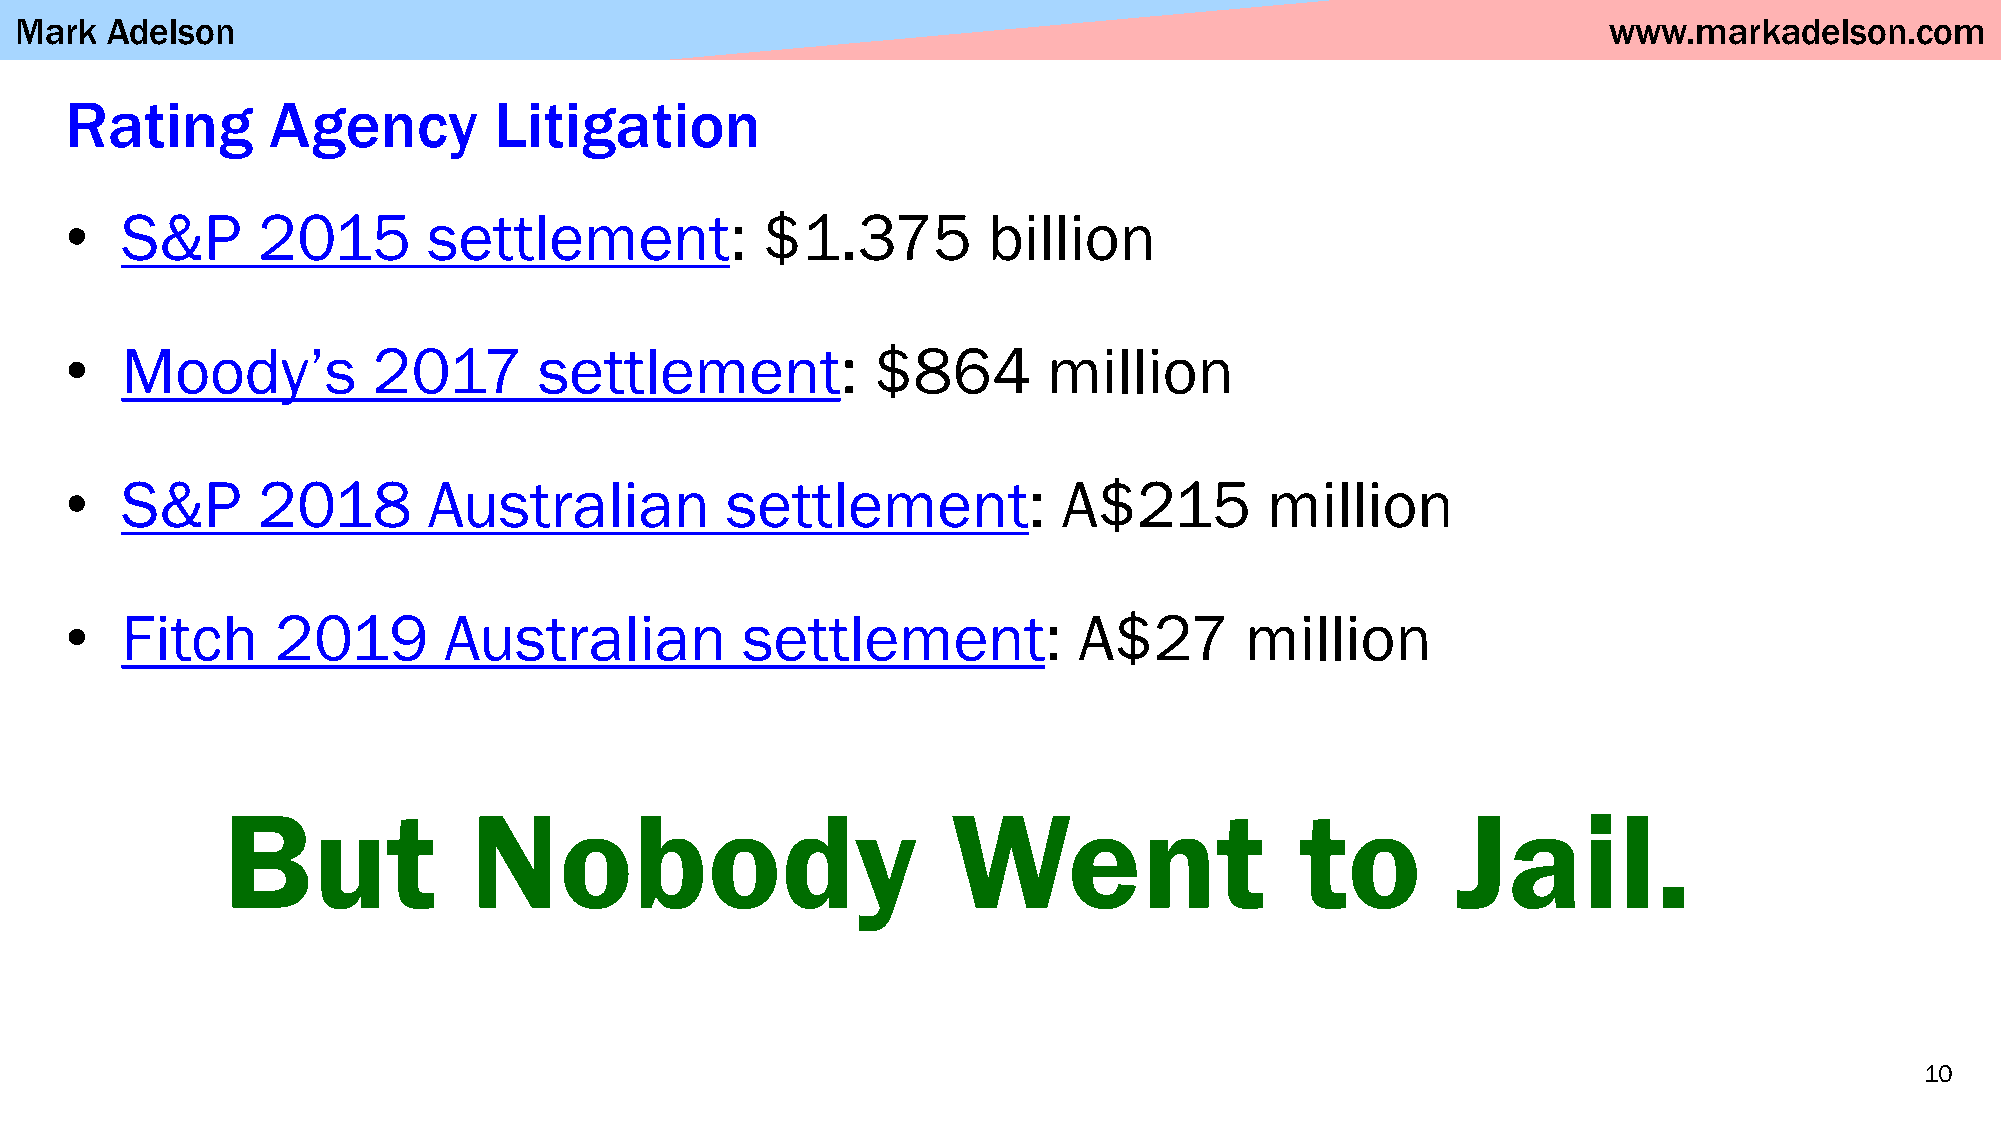
Mark  Adelson                                                                                            www.markadelson.com
 Rating        Agency         Litigation
 •   S&P      2015       settlement:           $1.375         billion
 •   Moody’s          2017       settlement:           $864       million
 •   S&P      2018       Australian          settlement:           A$215         million
 •   Fitch     2019       Australian          settlement:           A$27       million
 But             Nobody                          Went                   to        Jail.
 10